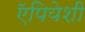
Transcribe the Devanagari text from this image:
ऍपियेशी